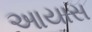
આયાસ